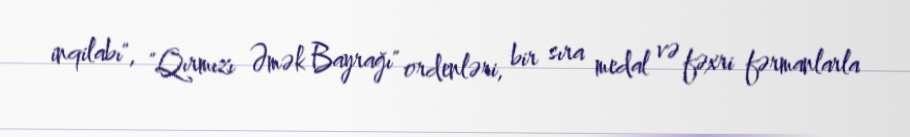
inqilabı", "Qırmızı Əmək Bayrağı" ordenləri, bir sıra medal və fəxri fərmanlarla